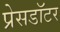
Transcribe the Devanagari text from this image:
प्रेसडॉटर